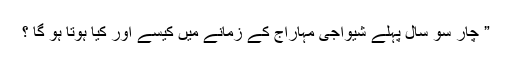
” چار سو سال پہلے شیواجی مہاراج کے زمانے میں کیسے اور کیا ہوتا ہو گا ؟